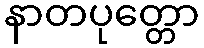
နာတပုတ္တော